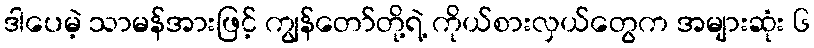
ဒါပေမဲ့ သာမန်အားဖြင့် ကျွန်တော်တို့ရဲ့ ကိုယ်စားလှယ်တွေက အများဆုံး ၆